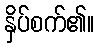
နှိပ်စက်၏။